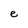
Character: e